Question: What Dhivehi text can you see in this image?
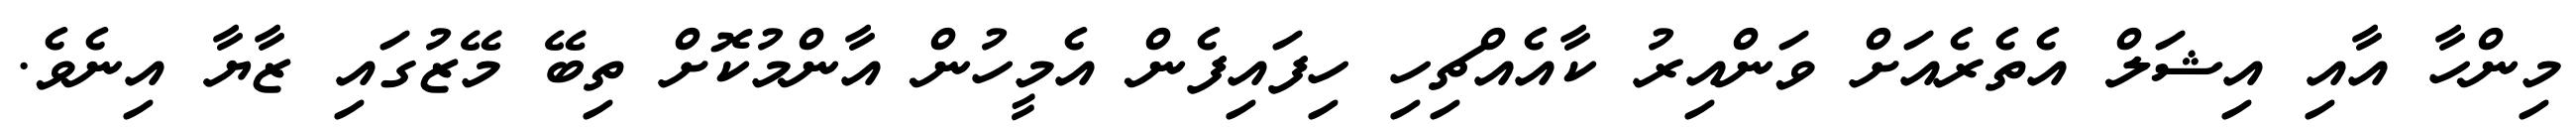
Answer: މިންހާ އާއި އިޝަލް އެތެރެއަށް ވަންއިރު ކާއެއްޗިހި ހިފައިފެން އެމީހުން އާންމުކޮށް ތިބޭ މޭޒުގައި ޒާޔާ އިނެވެ.